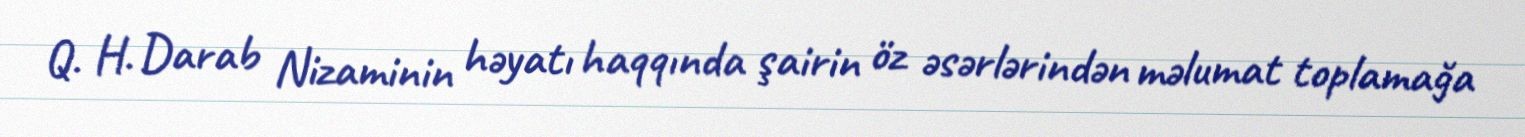
Q. H. Darab Nizaminin həyatı haqqında şairin öz əsərlərindən məlumat toplamağa